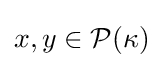
x,y\in {\mathcal {P}}(\kappa )